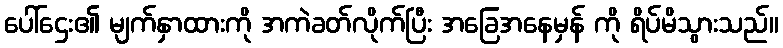
ပေါ်ဌေး၏ မျက်နှာထားကို အကဲခတ်လိုက်ပြီး အခြေအနေမှန် ကို ရိပ်မိသွားသည်။